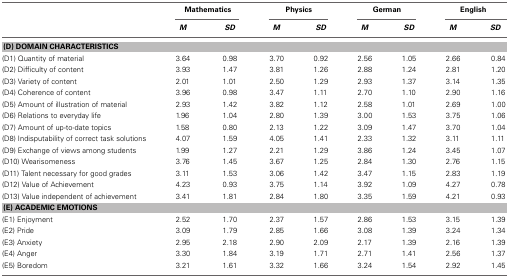
<table><thead><tr><td></td><td colspan="2"><b>Mathematics</b></td><td colspan="2"><b>Physics</b></td><td colspan="2"><b>German</b></td><td colspan="2"><b>English</b></td></tr><tr><td></td><td><b><i>M</i></b></td><td><b><i>SD</i></b></td><td><b><i>M</i></b></td><td><b><i>SD</i></b></td><td><b><i>M</i></b></td><td><b><i>SD</i></b></td><td><b><i>M</i></b></td><td><b><i>SD</i></b></td></tr></thead><tbody><tr><td colspan="9"><b>(D) DOMAIN CHARACTERISTICS</b></td></tr><tr><td>(D1) Quantity of material</td><td>3.64</td><td>0.98</td><td>3.70</td><td>0.92</td><td>2.56</td><td>1.05</td><td>2.66</td><td>0.84</td></tr><tr><td>(D2) Difficulty of content</td><td>3.93</td><td>1.47</td><td>3.81</td><td>1.26</td><td>2.88</td><td>1.24</td><td>2.81</td><td>1.20</td></tr><tr><td>(D3) Variety of content</td><td>2.01</td><td>1.01</td><td>2.50</td><td>1.29</td><td>2.93</td><td>1.37</td><td>3.14</td><td>1.35</td></tr><tr><td>(D4) Coherence of content</td><td>3.96</td><td>0.98</td><td>3.47</td><td>1.11</td><td>2.70</td><td>1.10</td><td>2.90</td><td>1.16</td></tr><tr><td>(D5) Amount of illustration of material</td><td>2.93</td><td>1.42</td><td>3.82</td><td>1.12</td><td>2.58</td><td>1.01</td><td>2.69</td><td>1.00</td></tr><tr><td>(D6) Relations to everyday life</td><td>1.96</td><td>1.04</td><td>2.80</td><td>1.39</td><td>3.00</td><td>1.53</td><td>3.75</td><td>1.06</td></tr><tr><td>(D7) Amount of up-to-date topics</td><td>1.58</td><td>0.80</td><td>2.13</td><td>1.22</td><td>3.09</td><td>1.47</td><td>3.70</td><td>1.04</td></tr><tr><td>(D8) Indisputability of correct task solutions</td><td>4.07</td><td>1.59</td><td>4.05</td><td>1.41</td><td>2.33</td><td>1.32</td><td>3.11</td><td>1.11</td></tr><tr><td>(D9) Exchange of views among students</td><td>1.99</td><td>1.27</td><td>2.21</td><td>1.29</td><td>3.86</td><td>1.24</td><td>3.45</td><td>1.07</td></tr><tr><td>(D10) Wearisomeness</td><td>3.76</td><td>1.45</td><td>3.67</td><td>1.25</td><td>2.84</td><td>1.30</td><td>2.76</td><td>1.15</td></tr><tr><td>(D11) Talent necessary for good grades</td><td>3.11</td><td>1.53</td><td>3.06</td><td>1.42</td><td>3.47</td><td>1.15</td><td>2.83</td><td>1.19</td></tr><tr><td>(D12) Value of Achievement</td><td>4.23</td><td>0.93</td><td>3.75</td><td>1.14</td><td>3.92</td><td>1.09</td><td>4.27</td><td>0.78</td></tr><tr><td>(D13) Value independent of achievement</td><td>3.41</td><td>1.81</td><td>2.84</td><td>1.80</td><td>3.35</td><td>1.59</td><td>4.21</td><td>0.93</td></tr><tr><td colspan="9"><b>(E) ACADEMIC EMOTIONS</b></td></tr><tr><td>(E1) Enjoyment</td><td>2.52</td><td>1.70</td><td>2.37</td><td>1.57</td><td>2.86</td><td>1.53</td><td>3.15</td><td>1.39</td></tr><tr><td>(E2) Pride</td><td>3.09</td><td>1.79</td><td>2.85</td><td>1.66</td><td>3.08</td><td>1.39</td><td>3.24</td><td>1.34</td></tr><tr><td>(E3) Anxiety</td><td>2.95</td><td>2.18</td><td>2.90</td><td>2.09</td><td>2.17</td><td>1.39</td><td>2.16</td><td>1.39</td></tr><tr><td>(E4) Anger</td><td>3.30</td><td>1.84</td><td>3.19</td><td>1.71</td><td>2.71</td><td>1.41</td><td>2.56</td><td>1.37</td></tr><tr><td>(E5) Boredom</td><td>3.21</td><td>1.61</td><td>3.32</td><td>1.66</td><td>3.24</td><td>1.54</td><td>2.92</td><td>1.45</td></tr></tbody></table>